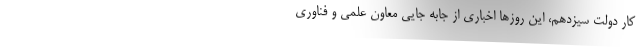
کار دولت سیزدهم، این روزها اخباری از جابه جایی معاون علمی و فناوری